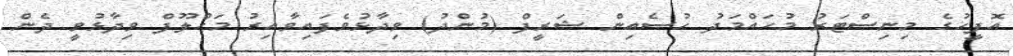
އޮފީހުގެ މިނިސްޓަރު މުހައްމަދު ހުސެއިން ޝަރީފް (މުންދު) ވިދާޅުވެފައިވާއިރު މަހްލޫފް ވިދާޅުވީ ދެން